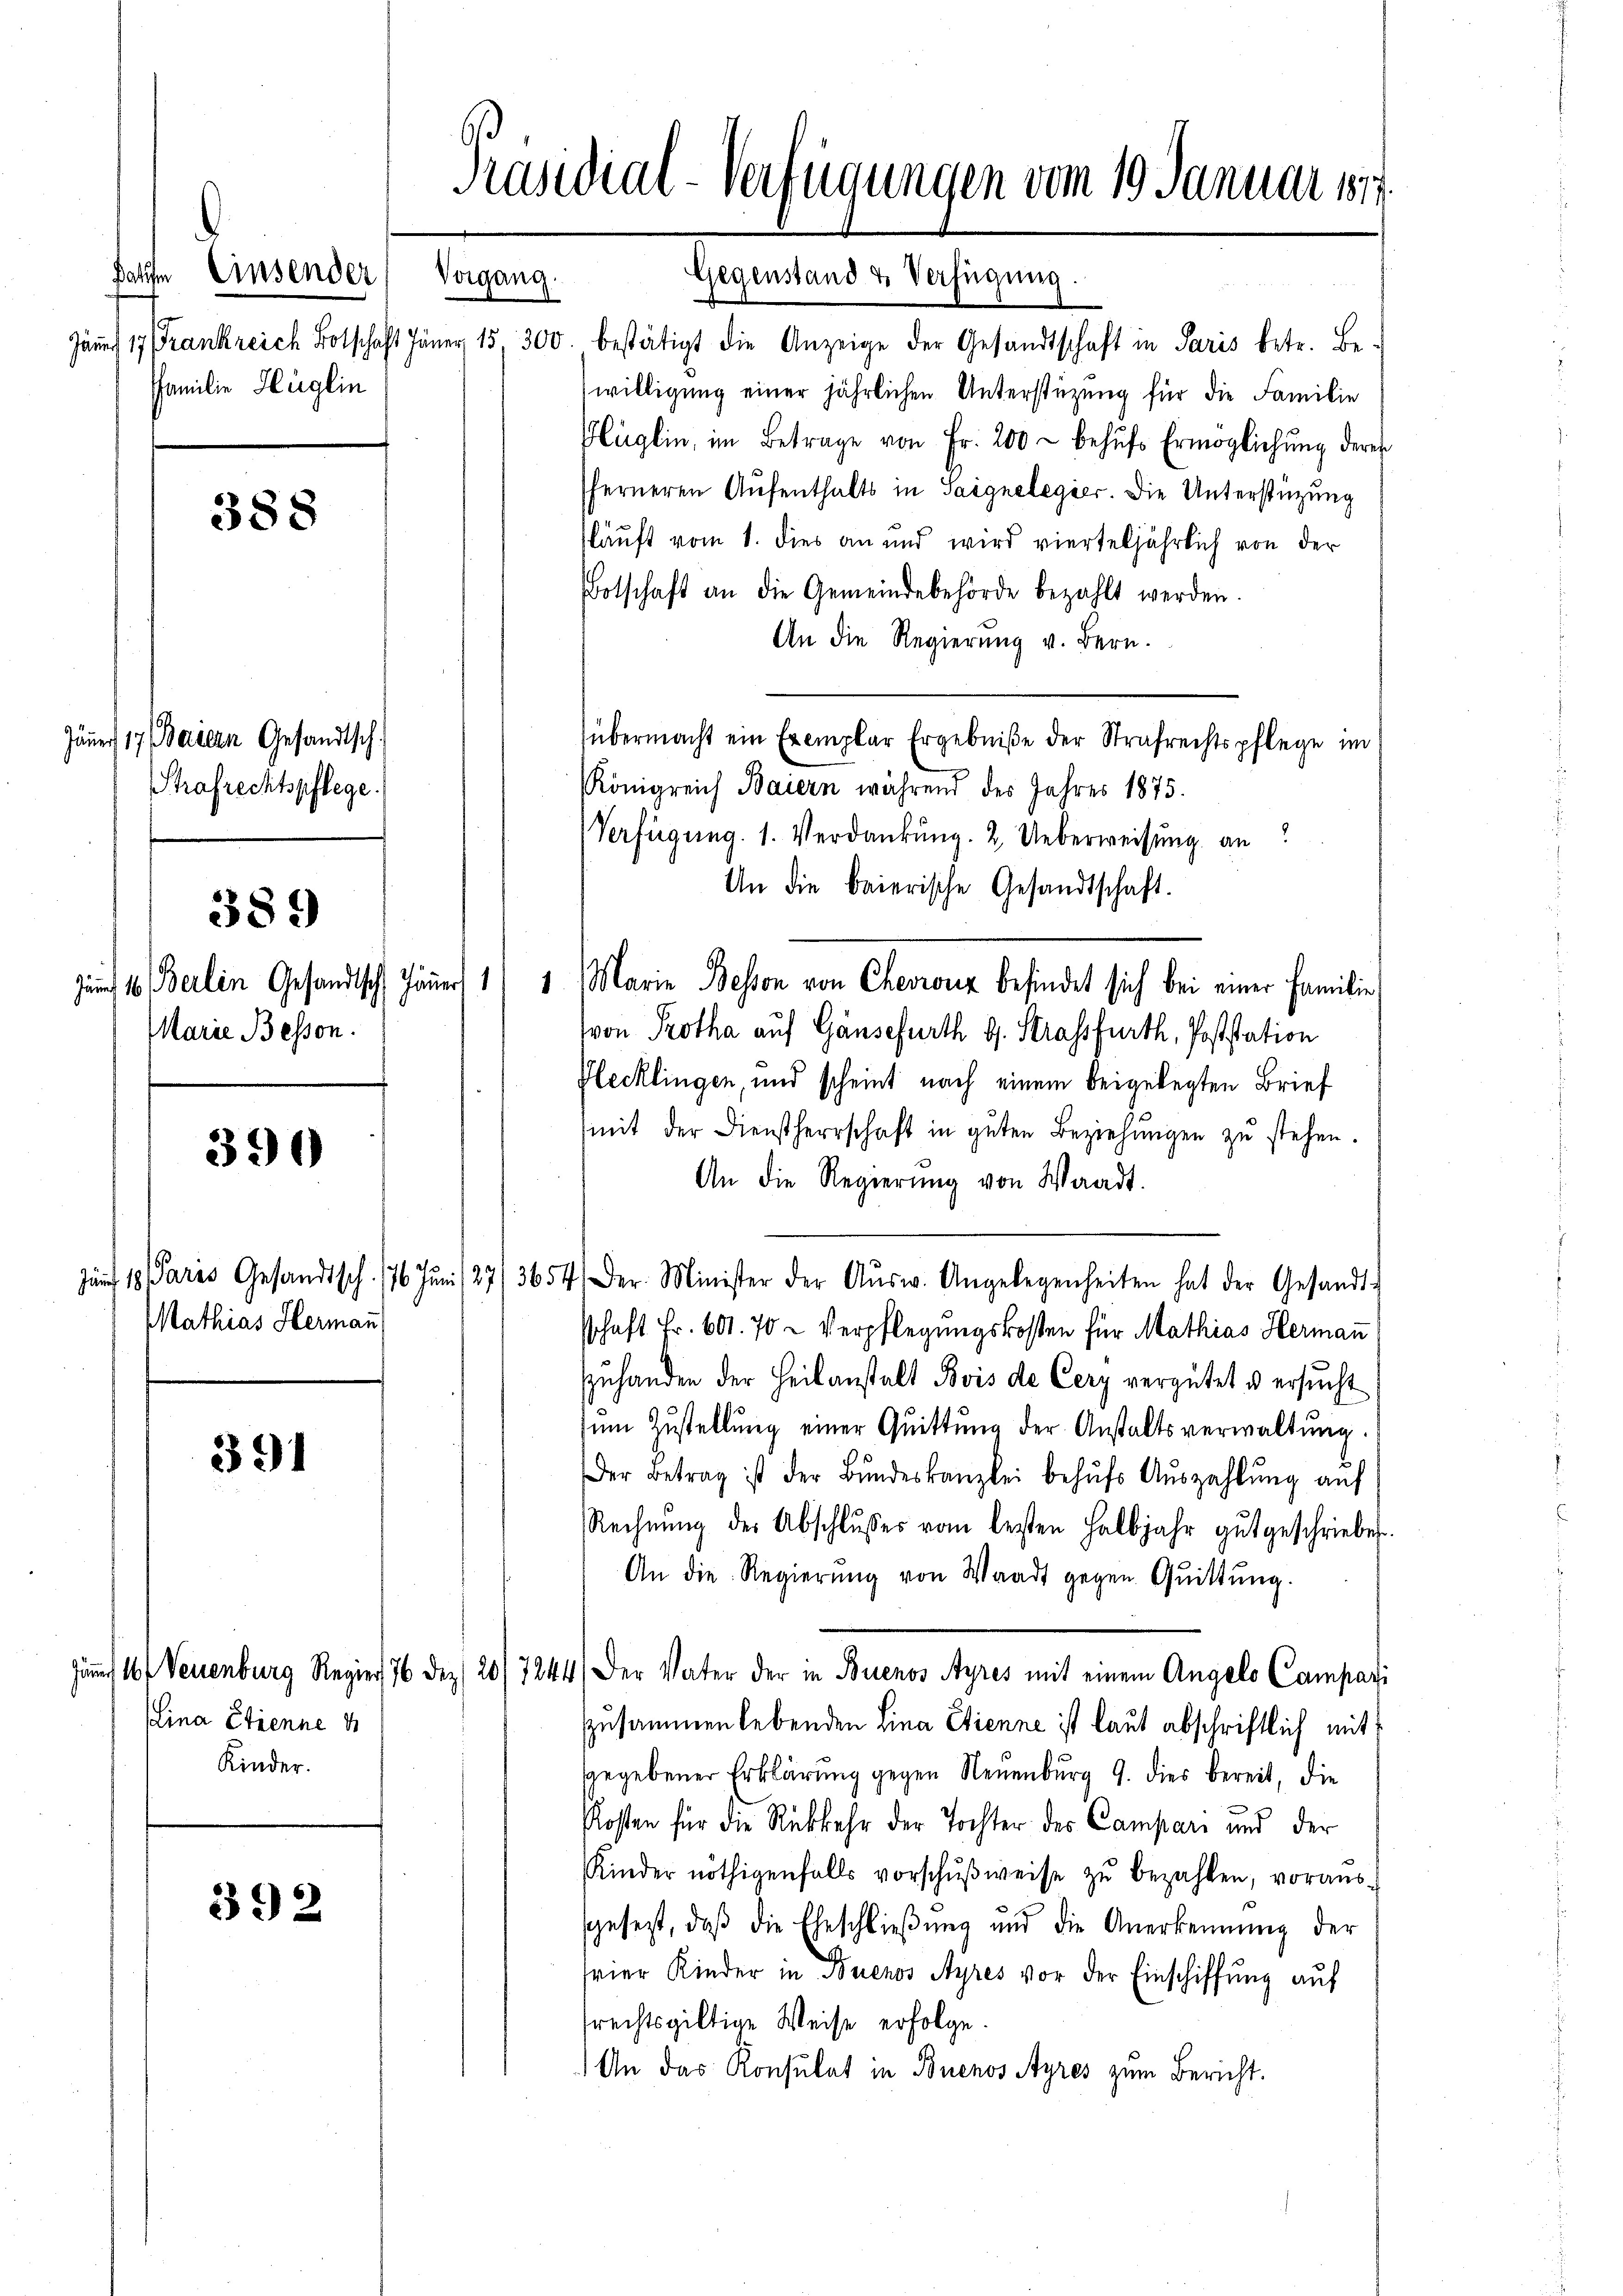
fet. Einverdorf, tuten
Familie Hüglin

388

Jäner 17 Baiern Gesandtsch
Strafrechtspflege.

Marie Bessen.

389)

390

Mathias Hermann

391

392

Jännert 17 Frankreich Botschaft Jäner 15, 300. bestätigt die Anzeige der Gesandtschaft in Paris betr. Be-
willigung einer jährlichen Unterstüzung für die Familie
Plüglin, im Betrage von Fr. 200 - behŭfs Ermöglichŭng derer
ferneren Aufenthalts in Saignelegier. Die Unterstüzung
läuft vom 1. dies an und wird vierteljährlich von der
Botschaft an die Gemeindebehörde bezahlt werden.
An die Regierŭng v. Bern.
übermacht ein Exemplar Ergebniße der Strafrechtspflege im
Königreich Baiern während des Jahres 1875.
Verfügung. 1. Verdankung. 2. Ueberweisung an
An die baierische Gesandtschaft.
zu 1. Berlin Gesandtsch Jäner 1) 1 Marie Beson von Chevronz befindet sich bei einer Familie
von Protha auf Gänsefurth G. Strassfurth, Poststation
Plecklingen, und scheint nach einem beigelegten Brief
mit der Dienstherrschaft in guten Beziehungen zu stehen.
An die Regierŭng von Waadt.
äf 18 Paris Gesandtsch. 176 Jŭni /27/3654. Der Minister der Aŭsw. Angelegenheiten hat der Gesandt-
schaft Fr. 601. 70 - Verpflegungskosten für Mathias Hermann
zuhanden der Heilanstalt Bois de Cery vergütet u ersucht
Zum Zustellung einer Quittung der Anstaltsverwaltung.
Der Betrag ist der Bundeskanzlei behufs Auszahlung auf
Rechnŭng der Abschlŭsses vom besten Halbjahr gut geschrieben.
An die Regierŭng von Waadt gegen Quittung.
jämm 16. Neuenburg Regier, 76 dez. 20/7244) Der Vater der in Buenos Ayres mit einem Angelo Campari
zusammenlebenden Lina Etienne ist laut abschriftlich mit
ggegebener Erklärung gegen Neuenburg 9. dies bereit, die
Kosten für die Rükkehr der Tochter des Campari und der
Kinder nöthigenfalls vorschŭβweise zŭ bezahlen, voraus-
sgesezt, daß die Eheschließung und die Anerkennung der
srier Kinder in Buenos Ayres vor der Einschiffung auf
frechtsgültige Weise erfolge.
 An das Konsulat in Buenos Ayres zum Bericht.

(Lina Etienne d
Kinder.

Präsidial-Verfügungen vom 19. Januar 1877.

e